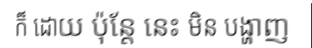
ក៏ ដោយ ប៉ុន្តែ នេះ មិន បង្ហាញ